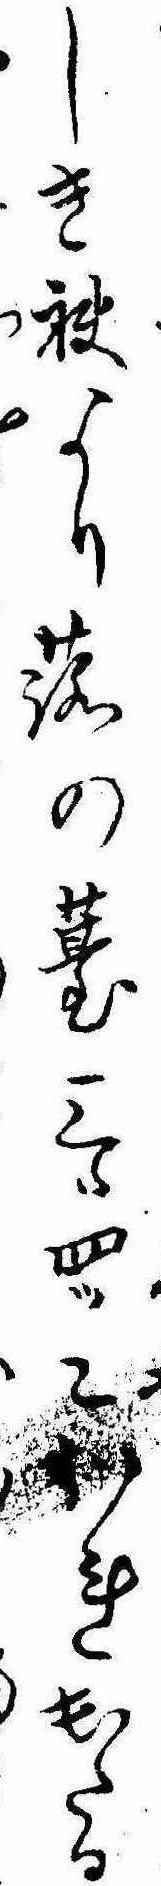
しき袂より蕗の薹三つ四つこほれ出たる